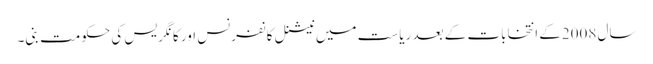
سال 2008کے انتخابات کے بعد ریاست میں نیشنل کانفرنس اور کانگریس کی حکومت بنی۔